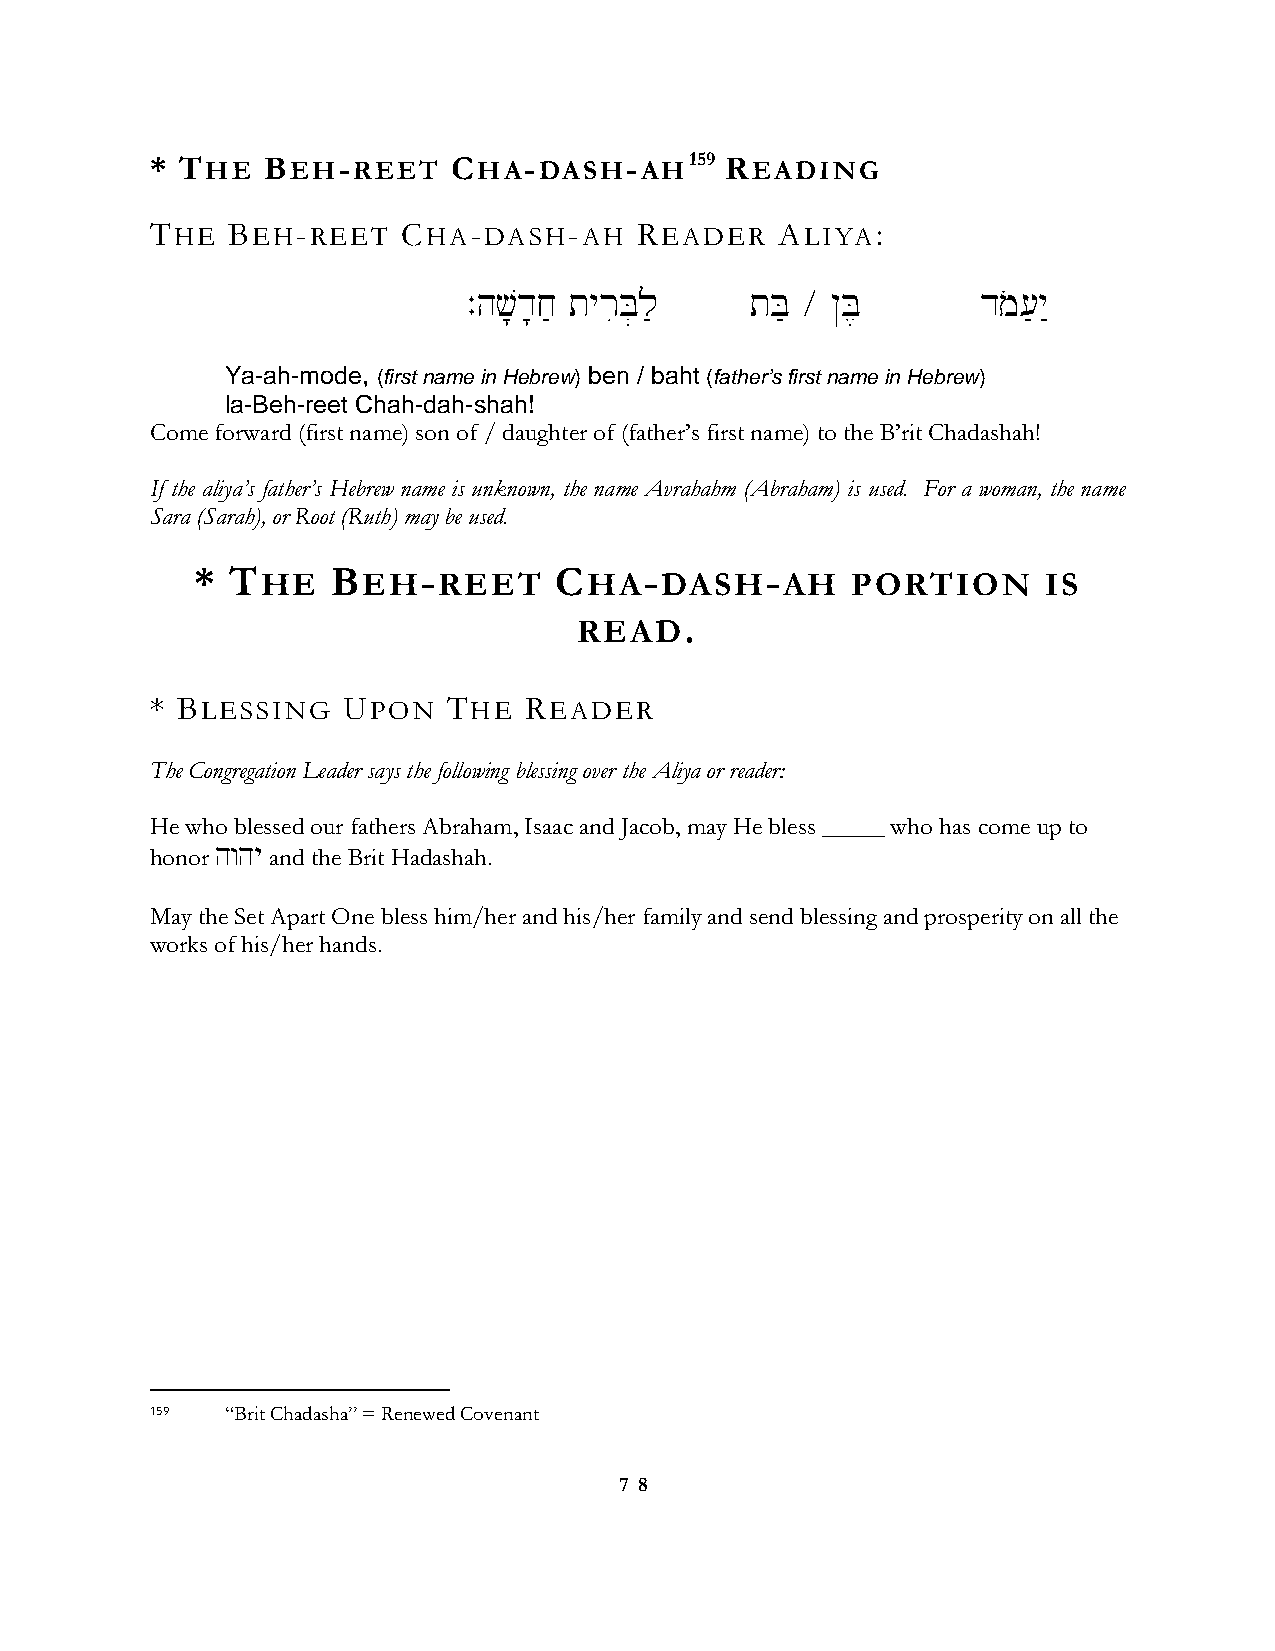
* THE  BEH-REET     CHA-DASH-AH159    READING
 THE  BEH-REET    CHA-DASH-AH    READER    ALIYA:
 .hv;d;j'' tyriB]l' tB' ÷ @B,      dmo['y"
 Ya-ah-mode, (first name in Hebrew) ben / baht (father’s first name in Hebrew)
 la-Beh-reet Chah-dah-shah!
 Come forward (first name) son of / daughter of (father’s first name) to the B’rit Chadashah!
 If the aliya’s father’s Hebrew name is unknown, the name Avrahahm (Abraham) is used. For a woman, the name
 Sara (Sarah), or Root (Ruth) may be used.
 * THE    BEH-REET       CHA-DASH-AH        PORTION      IS
 READ.
 * BLESSING   UPON   THE  READER
 The Congregation Leader says the following blessing over the Aliya or reader:
 He who blessed our fathers Abraham, Isaac and Jacob, may He bless _____ who has come up to
 honor hwhy and the Brit Hadashah.
 May the Set Apart One bless him/her and his/her family and send blessing and prosperity on all the
 works of his/her hands.
 159  “Brit Chadasha” = Renewed Covenant
 7 8